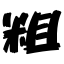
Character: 粗